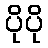
ပိုပို